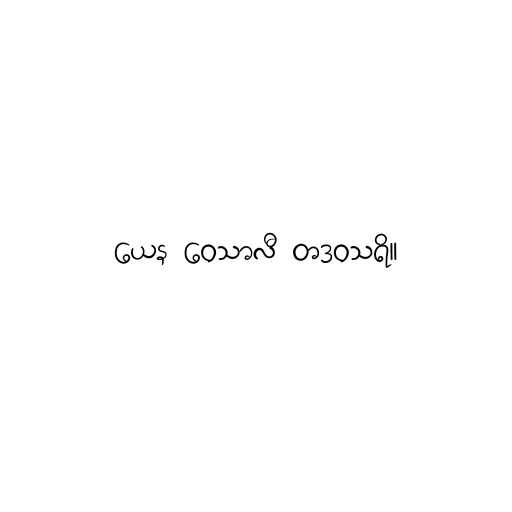
ယေန ဝေသာလီ တဒဝသရိ။